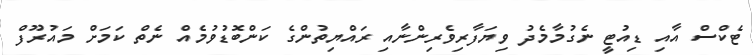
ޓެކްސް އާއި ޑިއުޓީ ނެގުމާމެދު ވިޔަފާރިވެރިންނާއި ރައްޔިތުންގެ ކަންބޮޑުވުމެއް ނެތް ކަމަށް މައުރޫފް